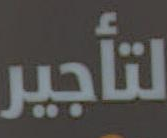
لتأجير